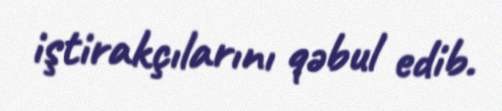
iştirakçılarını qəbul edib.